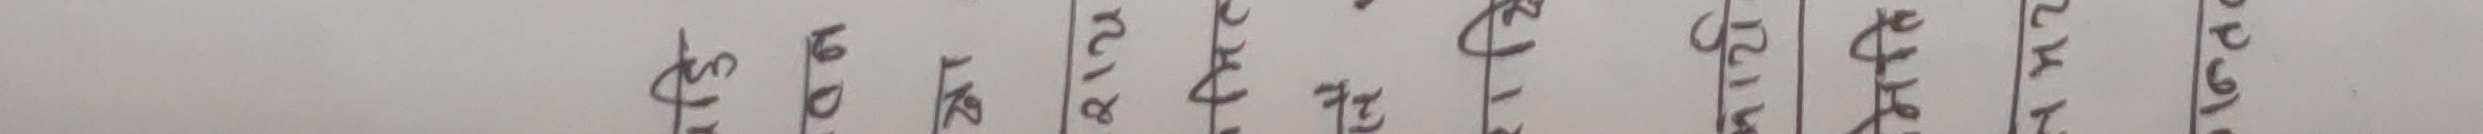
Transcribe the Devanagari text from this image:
$३२२३६०१२
३२७४२३
९२७४२२
८२१२
९६९१८५